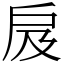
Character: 㧀